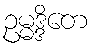
ဥမ္မဒ္ဒိတေ